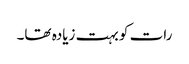
رات کو بہت زیادہ تھا۔